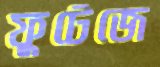
ফুটেজে